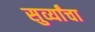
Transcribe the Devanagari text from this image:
सुर्व्यांचा